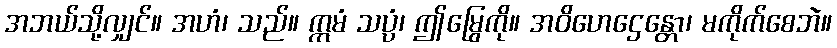
အဘယ်သို့လျှင်။ အဟံ၊ သည်။ ဣမံ သပ္ပံ၊ ဤမြွေကို။ အဝိဟေဌေန္တော၊ မကိုက်စေဘဲ။